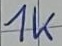
Text: 1k